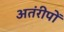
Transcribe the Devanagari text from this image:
अतंरीपों